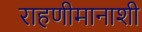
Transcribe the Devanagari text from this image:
राहणीमानाशी